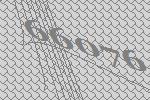
66076